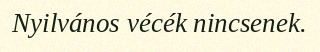
Nyilvános vécék nincsenek.